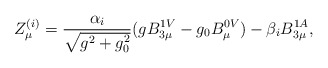
\begin{align*}Z^{(i)}_{\mu} = \frac{\alpha_{i}}{\sqrt{g^{2}+g^{2}_{0}}}(gB^{1V}_{3\mu} - g_{0}B^{0V}_{\mu}) - \beta_{i} B^{1A}_{3\mu},\end{align*}